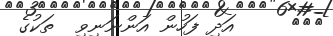
١٠٨     އަދި ފަހުން އަންނަނިވި  ތަކުގެ